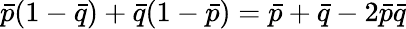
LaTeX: \bar{p}(1-\bar{q})+\bar{q}(1-\bar{p})=\bar{p}+\bar{q}-2\bar{p}\bar{q}